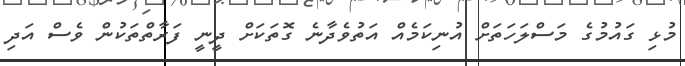
މުޅި ގައުމުގެ މަސްލަހަތަށް އުނިކަމެއް އަތުވެދާނެ ގޮތަކަށް ދީނީ ފަރާތްތަކުން ވެސް އަދި